Madras plague regulations in force outside the Presidency town - Volume 5
Disease focus: Plague
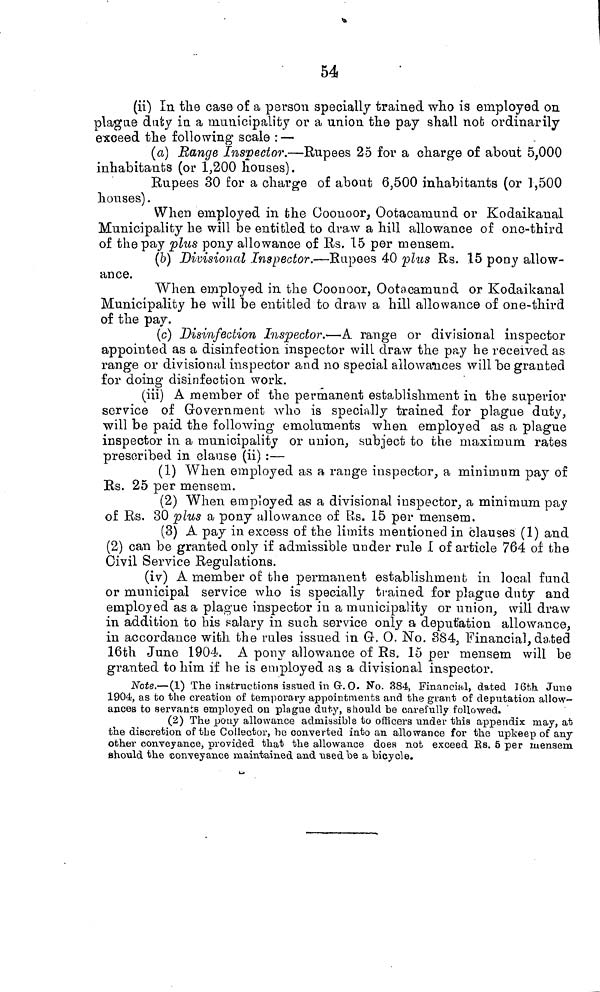
54
(ii) In the case of a person specially trained who is employed on
plague duty in a municipality or a union the pay shall nob ordinarily
exceed the following scale : —
(a) Range Inspector.—Rupees 25 for a charge of about 5,000
inhabitants (or 1,200 houses).
Rupees 30 for a charge of about 6,500 inhabitants (or 1,500
houses).
When employed in the Coonoor, Ootacamund or Kodaikanal
Municipality he will be entitled to draw a hill allowance of one-third
of the pay plus pony allowance of Rs. 15 per mensem.
(b) Divisional Inspector.—Rupees 40 plus Rs. 15 pony allow-
ance.
When employed in the Coonoor, Ootacamund or Kodaikanal
Municipality he will be entitled to draw a hill allowance of one-third
of the pay.
(c) Disinfection Inspector.—A range or divisional inspector
appointed as a disinfection inspector will draw the pay he received as
range or divisional inspector and no special allowances will be granted
for doing disinfection work.
(iii) A member of the permanent establishment in the superior
service of Government who is specially trained for plague duty,
will be paid the following emoluments when employed as a plague
inspector in a municipality or union, subject to the maximum rates
prescribed in clause (ii) :—
(1) When employed as a range inspector, a minimum pay of
Rs. 25 per mensem.
(2) When employed as a divisional inspector, a minimum pay
of Rs. 30 plus a pony allowance of Rs. 15 per mensem.
(3) A pay in excess of the limits mentioned in clauses (1) and
(2) can be granted only if admissible under rule I of article 764 of the
Civil Service Regulations.
(iv) A member of the permanent establishment in local fund
or municipal service who is specially trained for plague duty and
employed as a plague inspector in a municipality or union, will draw
in addition to his salary in such service only a deputation allowance,
in accordance with the rules issued in G, O. No. 384, Financial, dated
16th June 1904. A pony allowance of Rs. 15 per mensem will be
granted to him if he is employed as a divisional inspector.
Note.—(1) The instructions issued in G.O. No. 384, Financial, dated 16th June
1904, as to the creation of temporary appointments and the grant of deputation allow-
ances to servants employed on plague duty, should be carefully followed.
(2) The pony allowance admissible to officers under this appendix may, at
the discretion of the Collector, be converted into an allowance for the upkeep of any
other conveyance, provided that the allowance does not exceed Rs. 5 per mensem
should the conveyance maintained and used be a bicycle.